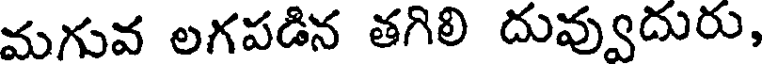
మగువ లగపడిన తగిలి దువ్వుదురు,